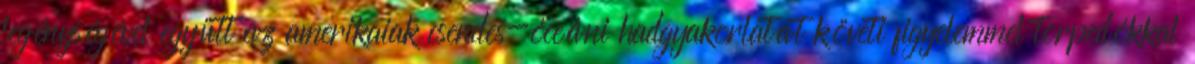
legénységével együtt az amerikaiak csendes-óceáni hadgyakorlatát követi figyelemmel torpedókkal